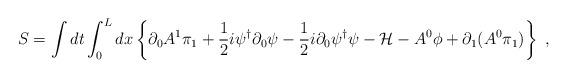
LaTeX: \begin{align*}S=\int dt\int_0^L dx\left\{\partial_0A^1\pi_1+\frac{1}{2}i\psi^\dagger\partial_0\psi-\frac{1}{2}i\partial_0\psi^\dagger\psi-{\cal H}-A^0\phi+\partial_1(A^0\pi_1)\right\}\ ,\end{align*}